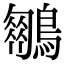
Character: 𪆍